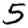
Digit: 5